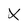
Character: X